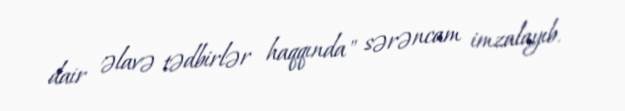
dair əlavə tədbirlər haqqında" sərəncam imzalayıb.